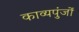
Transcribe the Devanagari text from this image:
काव्यपुंजों